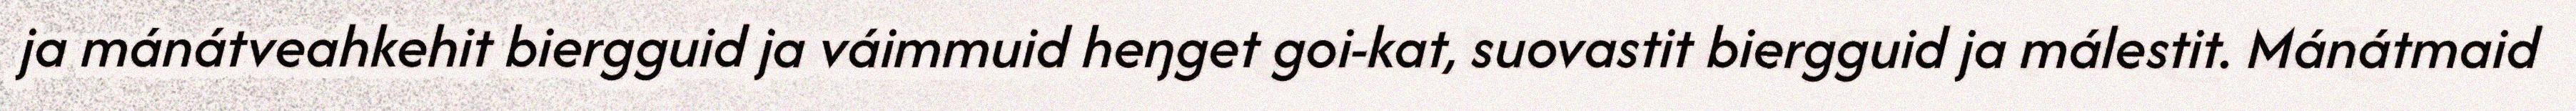
ja mánátveahkehit biergguid ja váimmuid heŋget goi-kat, suovastit biergguid ja málestit. Mánátmaid